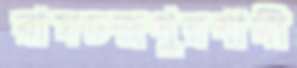
রামচন্দ্রপুরগামী